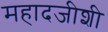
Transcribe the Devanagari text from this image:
महादजीशी